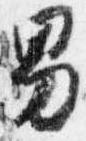
男